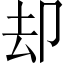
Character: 却